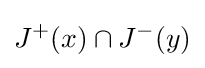
J^{+}(x)\cap J^{-}(y)